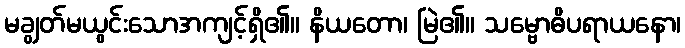
မချွတ်မယွင်းသောအကျင့်ရှိ၏။ နိယတော၊ မြဲ၏။ သမ္ဗောဓိပရာယနော၊